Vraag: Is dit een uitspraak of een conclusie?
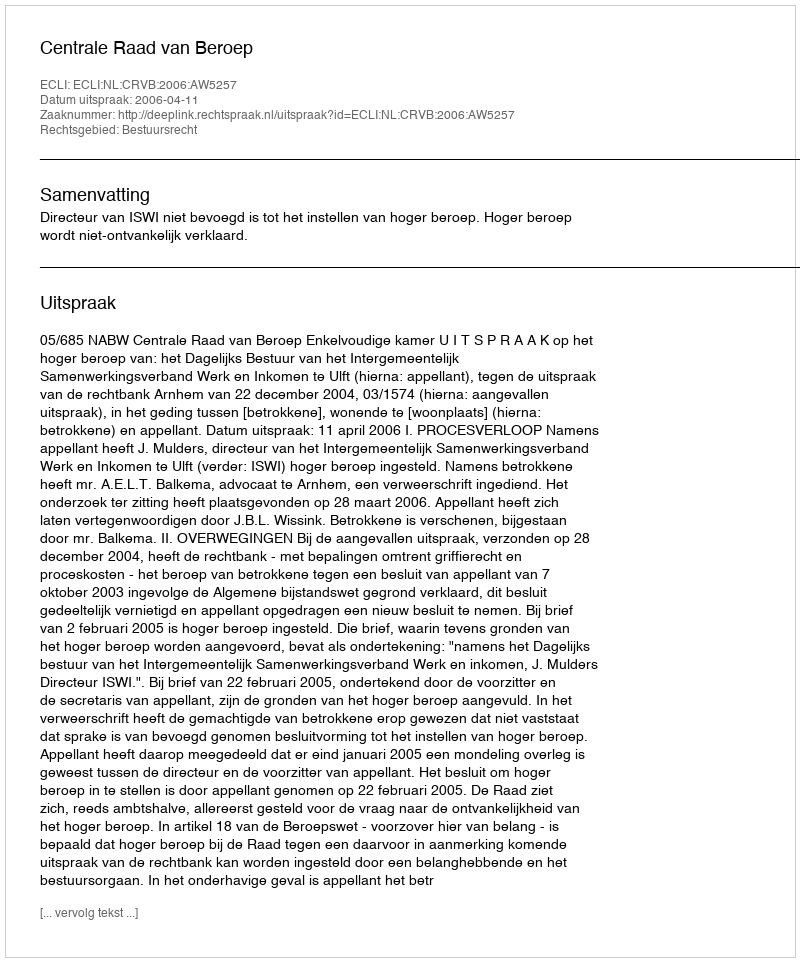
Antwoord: Uitspraak